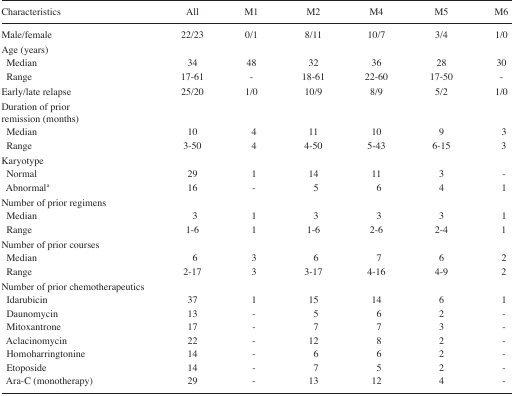
<table><thead><tr><td><b>Characteristics</b></td><td><b>All</b></td><td><b>M1</b></td><td><b>M2</b></td><td><b>M4</b></td><td><b>M5</b></td><td><b>M6</b></td></tr></thead><tbody><tr><td>Male/female</td><td>22/23</td><td>0/1</td><td>8/11</td><td>10/7</td><td>3/4</td><td>1/0</td></tr><tr><td>Age (years)</td><td></td><td></td><td></td><td></td><td></td><td></td></tr><tr><td>Median</td><td>34</td><td>48</td><td>32</td><td>36</td><td>28</td><td>30</td></tr><tr><td>Range</td><td>17–61</td><td>-</td><td>18–61</td><td>22–60</td><td>17–50</td><td>-</td></tr><tr><td>Early/late relapse</td><td>25/20</td><td>1/0</td><td>10/9</td><td>8/9</td><td>5/2</td><td>1/0</td></tr><tr><td>Duration of prior remission (months)</td><td></td><td></td><td></td><td></td><td></td><td></td></tr><tr><td>Median</td><td>10</td><td>4</td><td>11</td><td>10</td><td>9</td><td>3</td></tr><tr><td>Range</td><td>3–50</td><td>4</td><td>4–50</td><td>5–43</td><td>6–15</td><td>3</td></tr><tr><td>Karyotype</td><td></td><td></td><td></td><td></td><td></td><td></td></tr><tr><td>Normal</td><td>29</td><td>1</td><td>14</td><td>11</td><td>3</td><td>-</td></tr><tr><td>Abnormal<sup>a</sup></td><td>16</td><td>-</td><td>5</td><td>6</td><td>4</td><td>1</td></tr><tr><td>Number of prior regimens</td><td></td><td></td><td></td><td></td><td></td><td></td></tr><tr><td>Median</td><td>3</td><td>1</td><td>3</td><td>3</td><td>3</td><td>1</td></tr><tr><td>Range</td><td>1–6</td><td>1</td><td>1–6</td><td>2–6</td><td>2–4</td><td>1</td></tr><tr><td>Number of prior courses</td><td></td><td></td><td></td><td></td><td></td><td></td></tr><tr><td>Median</td><td>6</td><td>3</td><td>6</td><td>7</td><td>6</td><td>2</td></tr><tr><td>Range</td><td>2–17</td><td>3</td><td>3–17</td><td>4–16</td><td>4–9</td><td>2</td></tr><tr><td>Number of prior chemotherapeutics</td><td></td><td></td><td></td><td></td><td></td><td></td></tr><tr><td>Idarubicin</td><td>37</td><td>1</td><td>15</td><td>14</td><td>6</td><td>1</td></tr><tr><td>Daunomycin</td><td>13</td><td>-</td><td>5</td><td>6</td><td>2</td><td>-</td></tr><tr><td>Mitoxantrone</td><td>17</td><td>-</td><td>7</td><td>7</td><td>3</td><td>-</td></tr><tr><td>Aclacinomycin</td><td>22</td><td>-</td><td>12</td><td>8</td><td>2</td><td>-</td></tr><tr><td>Homoharringtonine</td><td>14</td><td>-</td><td>6</td><td>6</td><td>2</td><td>-</td></tr><tr><td>Etoposide</td><td>14</td><td>-</td><td>7</td><td>5</td><td>2</td><td>-</td></tr><tr><td>Ara-C (monotherapy)</td><td>29</td><td>-</td><td>13</td><td>12</td><td>4</td><td>-</td></tr></tbody></table>